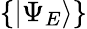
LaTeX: \{ |\Psi_{E}\rangle\}